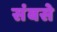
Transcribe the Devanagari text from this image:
संबसे